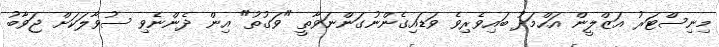
މިނިސްޓަރު އަޒްލީން އަހްމަދު ބައިވެރިވެ ވަޑައިގެންނުގަންނަވާތީ "ވަގުތު" އިން ދެންނެވި ސުވާލަކަށް ޖަވާބު